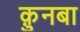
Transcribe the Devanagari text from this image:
क़ुनबा